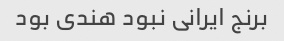
برنج ایرانی نبود هندی بود